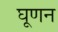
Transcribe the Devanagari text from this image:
घूणन